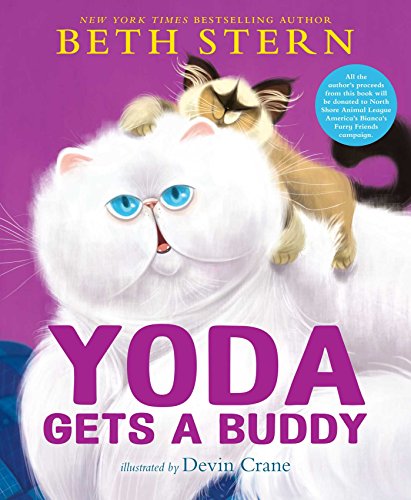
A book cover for Yoda Gets a Buddy; Beth Stern; Children's Books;